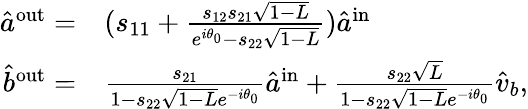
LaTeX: \begin{array}{rl}{\hat{a}^{\mathrm{{out}}}=}&{{}(s_{11}+\frac{s_{12}s_{21}\sqrt{1-L}}{e^{i\theta_{0}}-s_{22}\sqrt{1-L}})\hat{a}^{\mathrm{{in}}}}\\ {\hat{b}^{\mathrm{{out}}}=}&{{}\frac{s_{21}}{1-s_{22}\sqrt{1-L}e^{-i\theta_{0}}}\hat{a}^{\mathrm{{in}}}+\frac{s_{22}\sqrt{L}}{1-s_{22}\sqrt{1-L}e^{-i\theta_{0}}}\hat{v}_{b},}\end{array}